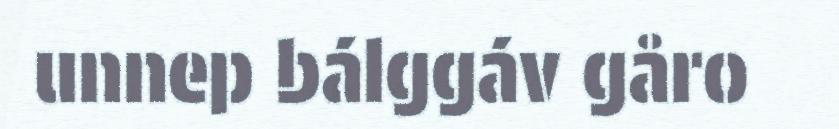
unnep bálggáv gåro